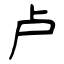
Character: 卢